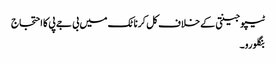
ٹیپو جینتی کے خلاف کل کرناٹک میں بی جے پی کا احتجاج
بنگلورو۔